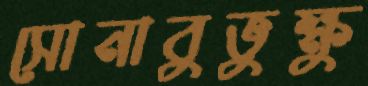
সোনাবুভুক্ষু